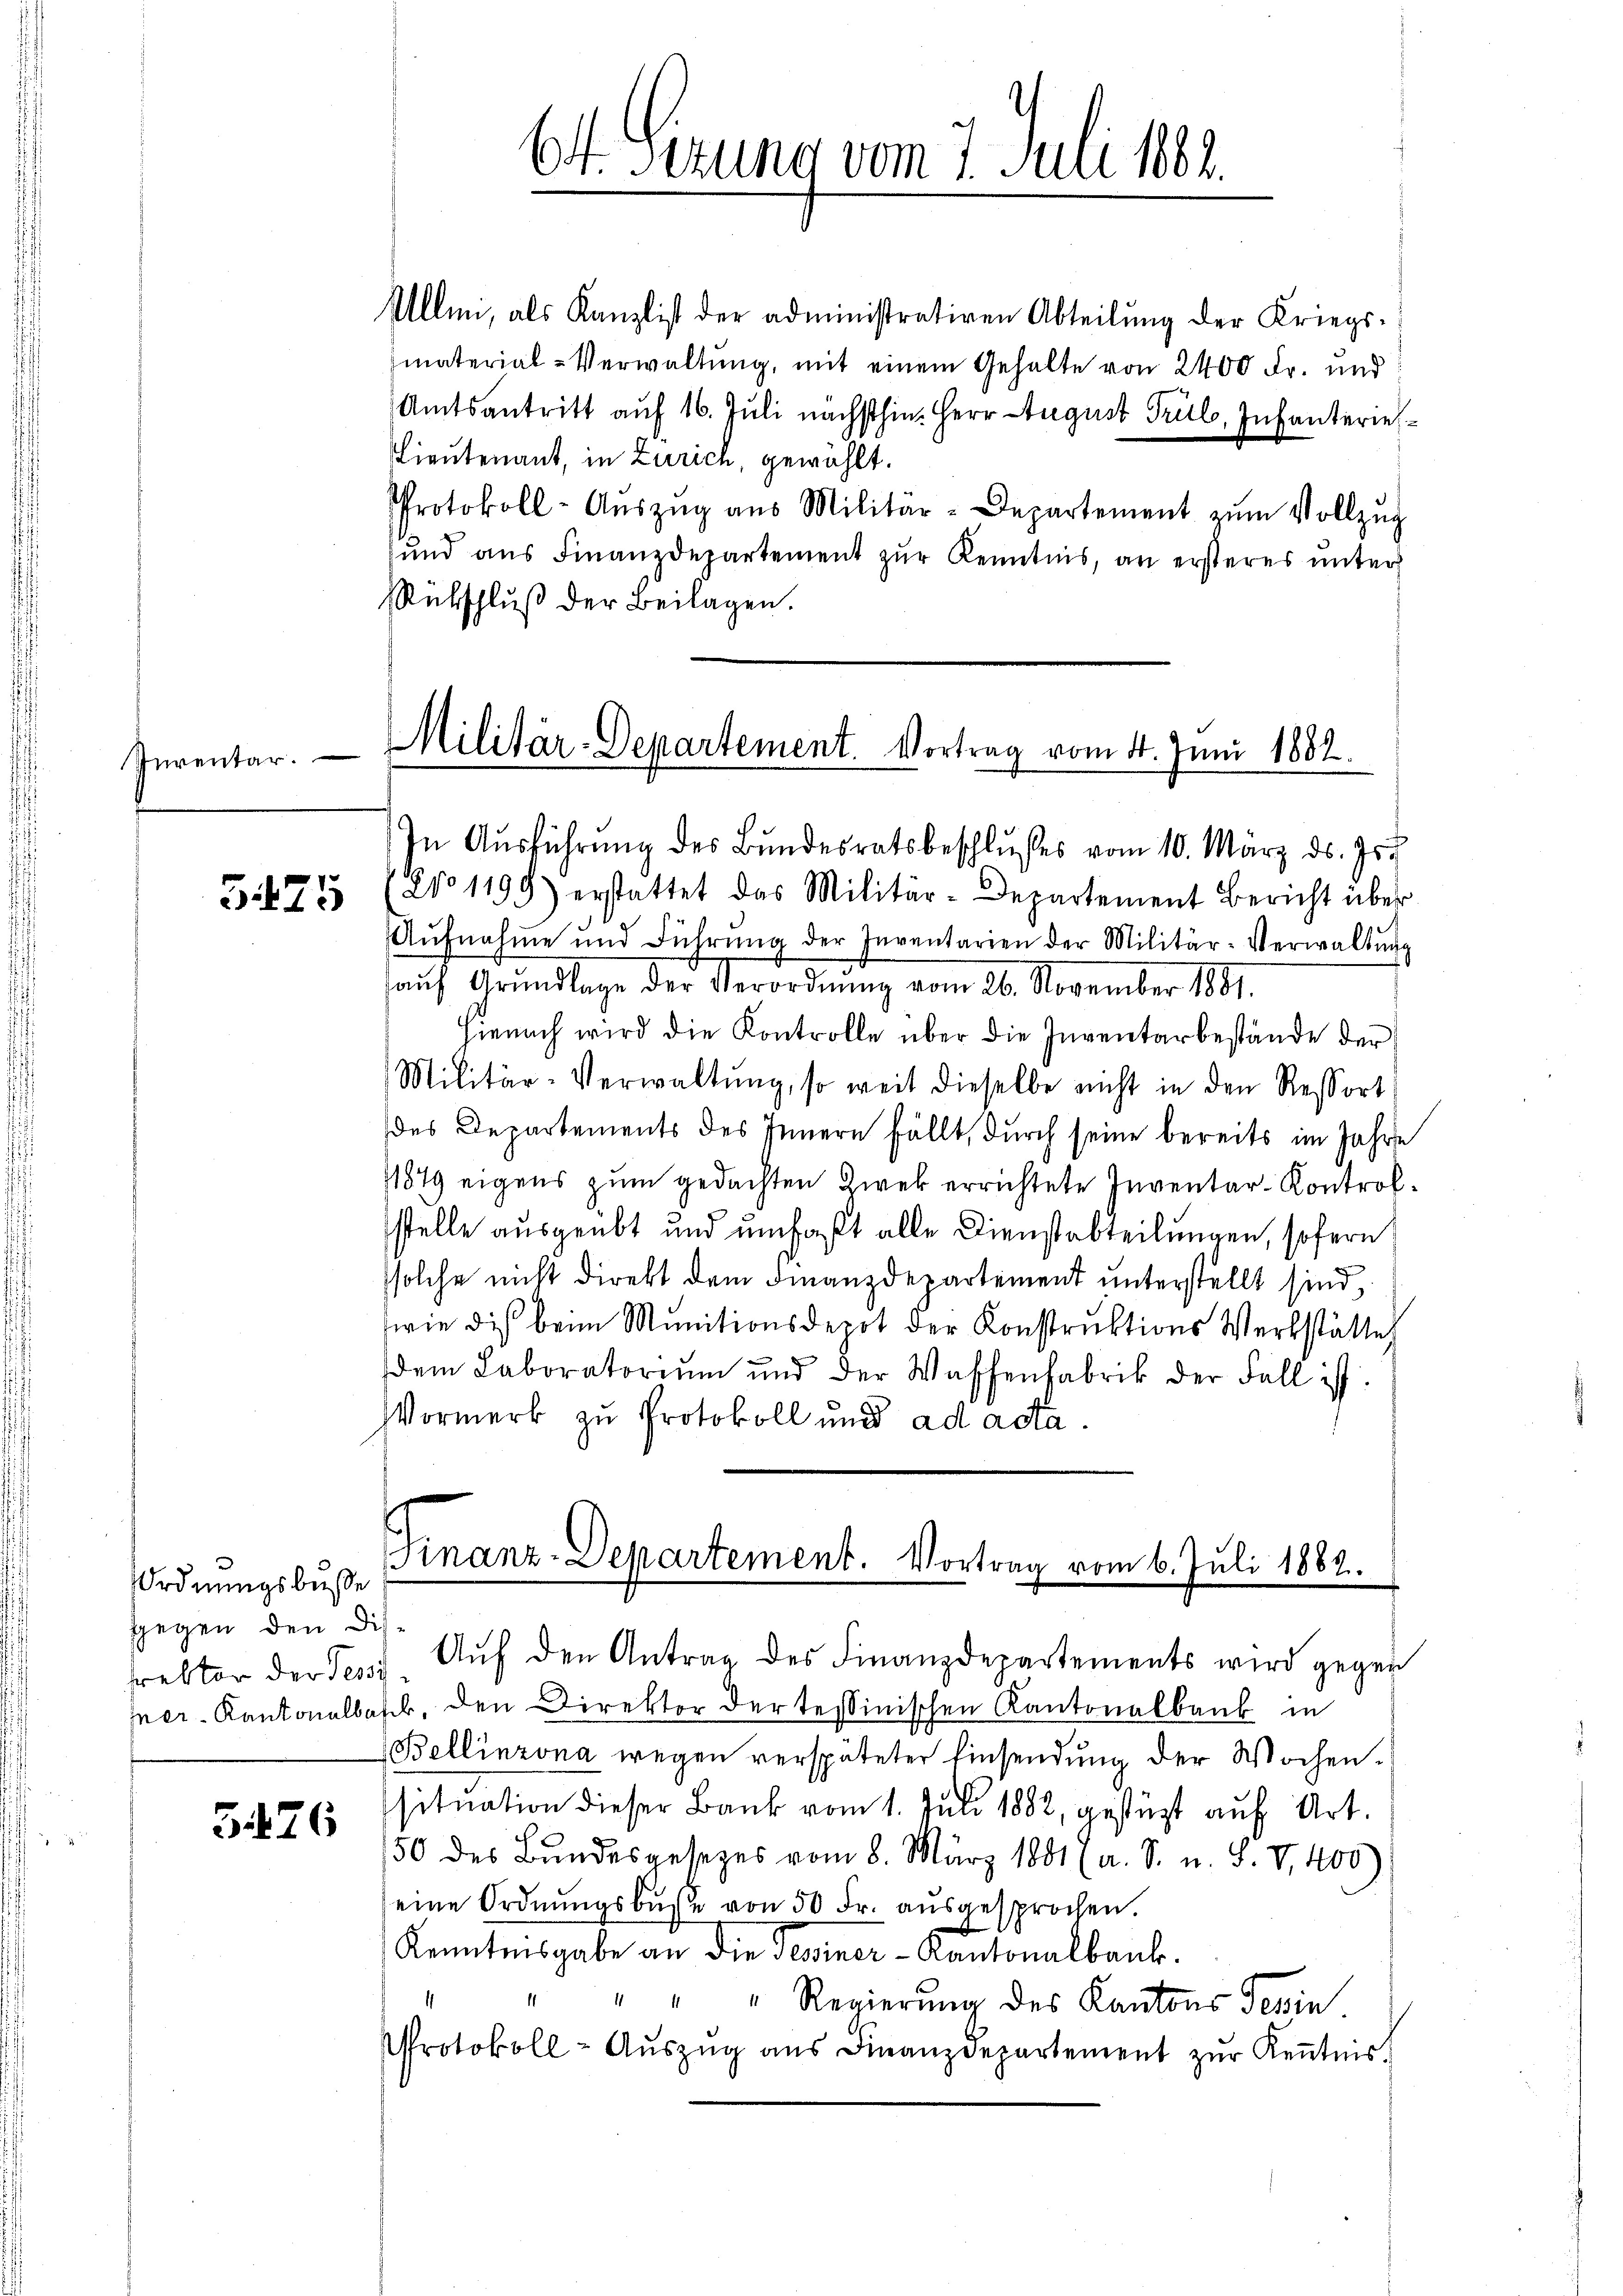
Stuventar.

3475

Ordnungsbusse
gegen den Dis

5476

Allen, als Kanzlist der administrativen Abteilŭng der Kriegs-
material-Verwaltung, mit einem Gehalte von 2400 Fr. und
Amtsantritt auf 16. Juli nächsthin. Herr August Trül, Infanteriel
Lieutenant, in Zürich, gewählt.
Protokoll-Aŭszŭg aŭs Militär-Departement zŭm Vollzŭg
ŭnd aŭs Finanzdepartement zŭr Kenntnis, an ersteres ŭnter
Rübschluß der Beilagen.

6t. Verung vom 7. Juli 1882.

Militär-Departement. Vortrag vom 4. Juni 1882.

Finanz-Departement. Vortrag vom 6. Juli 1882.

rektor der Tessi. Auf den Antrag des Finanzdepartements wird gegen
Ier-Kantonalbasel, den Direktor der Tessinischen Kantonalbank in
Bellinzona wegen verspäteter Einsendung der Wochensituation dieser Bank vom 1. Juli 1882, gestützt auf Art.
50 des Bundesgesezes vom 8. März 1881 (a. S. u. S. VI., 400)
seine Ordnŭngsbuße von 50 Fr. aŭsgesprochen.
Kenntnisgabe an die Tessiner-Kantonalbank.
Regierung des Kantons Tessin.
Protokoll- Aŭszŭg aŭs Finanzdepartement zŭr Keṅtnis.

In Ausführung des Bundesratsbeschlußes vom 10. März ds. Js.
1810 1199) erstattet das Militär-Departement Bericht über
Aŭfnahme und Führŭng der Inventarien der Militär-Verwaltŭng
aŭf Grŭndlage der Verordnŭng vom 26. November 1881.
Hienach wird die Kontrolle über die Inventarbestände der
Militär-Verwaltŭng, so weit dieselbe nicht in den Ressort
des Departements des Innern fällt, durch seine bereits im Jahre
1849 eigens zum gedachten Zwek errichtete Inventar-Kontrolstelle ausgeübt und umfaßt alle Dienstabteilungen, sofern
ssolche nicht direkt dem Finanzdepartement unterstellt sind,
wie dies beim Munitionsdepot der Konstruktions Werkstätte
dem Laboratorium und der Waffenfabrik der Fall ist.
Vormerk zu Protokoll und ad acta.